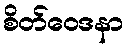
စိတ်ဝေဒနာ